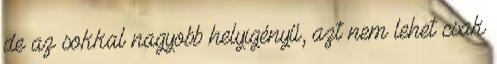
de az sokkal nagyobb helyigényű, azt nem lehet csak